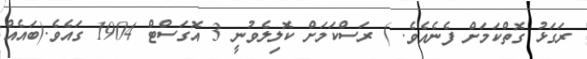
ރަގަޅު ގޮތްކަމަށް ފެނެއެވެ. ) ރަސްކަމަށް ކޮލިލެވުނީ 3 އޮގަސްޓް 1904 ގައެވެ.(ބައެއް